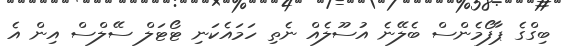
ބިގްގެ ޕާފޯމެންސް ބެލޭނެ އުސޫލެއް ނެތި ހަމައެކަނި ޓޯޓަލް ސޭލްސް އިން އެ